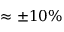
\approx \pm 1 0 \%